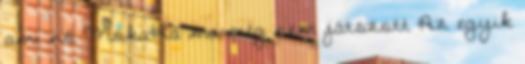
ami nő MókaHa ma még nem játszott Az egyik